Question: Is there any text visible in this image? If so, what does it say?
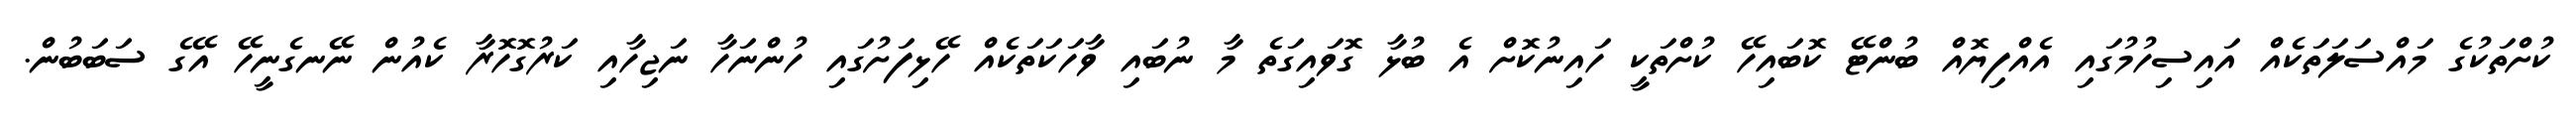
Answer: ކުށްތަކުގެ މައްސަލަތަކެއް އައިސިހުމުގައި އެއްފިޔޮއް ބުންޓޭ ކޮބައިހޭ ކުށްތަކީ ހައިނުކޮށް އެ ބުޅާ ގޮވައިގަތެ މާ ނުބައި ވާހަކަތަކެއް ހޭޅިފަށުގައި ހުންނަހާ ނަޖިހާއި ކަރުގޮހޮރާ ކެއުން ނޭނގެނީހޭ އޭގެ ސަބަބުން.